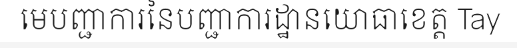
មេបញ្ជាការនៃបញ្ជាការដ្ឋានយោធាខេត្ត Tay